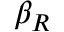
\beta _ { R }